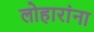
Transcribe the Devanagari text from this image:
लोहारांना